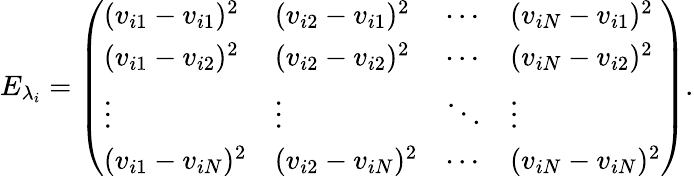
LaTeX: E_{\lambda_{i}}=\left(\begin{array}{llll}{(v_{i1}-v_{i1})^{2}}&{(v_{i2}-v_{i1})^{2}}&{\cdots}&{(v_{iN}-v_{i1})^{2}}\\ {(v_{i1}-v_{i2})^{2}}&{(v_{i2}-v_{i2})^{2}}&{\cdots}&{(v_{iN}-v_{i2})^{2}}\\ {\vdots}&{\vdots}&{\ddots}&{\vdots}\\ {(v_{i1}-v_{iN})^{2}}&{(v_{i2}-v_{iN})^{2}}&{\cdots}&{(v_{iN}-v_{iN})^{2}}\end{array}\right).